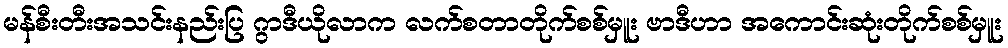
မန်စီးတီးအသင်းနည်းပြ ဂွာဒီယိုလာက လက်စတာတိုက်စစ်မှူး ဗာဒီဟာ အကောင်းဆုံးတိုက်စစ်မှူး